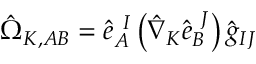
\hat { \Omega } _ { K , A B } = \hat { e } _ { A } ^ { \ I } \left( \hat { \nabla } _ { K } \hat { e } _ { B } ^ { \ J } \right) \hat { g } _ { I J }